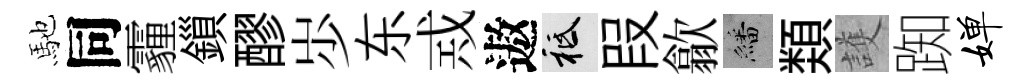
馳同霾鎻醪𡵯东𢦶遨祇叚歙繙𩔖護踟婵